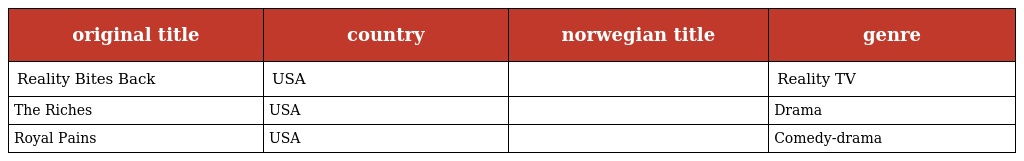
| original title | country | norwegian title | genre |
 | --- | --- | --- | --- |
 | Reality Bites Back | USA |  | Reality TV |
 | The Riches | USA |  | Drama |
 | Royal Pains | USA |  | Comedy-drama |